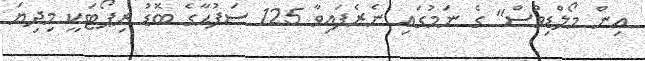
އިން މޯލްޑިވްސް" ގެ ނަމުގައި ނެރެފައިވާ 125 ސަފުޙާގެ ބޮޑު ރިޕޯޓަކީ މިދިޔަ